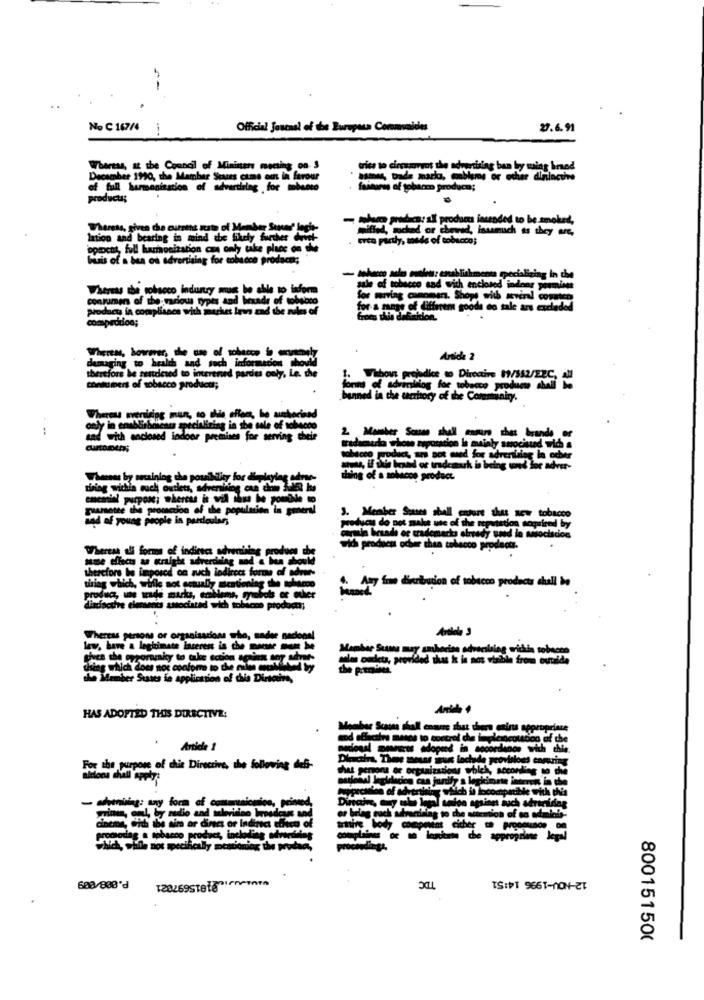
No C 167/4
--
Official Journal of the Buropera Communides
27.6.91
crise to circaramos the advertising ban bry ming hned
of fall harmonization of Sie -
December 1990, the Member Sure
WWbertas, at the Council of Mininon woer-
products;
Wherets, given the curethe susto of Member Sunne' legh
------ -- -
posad prodoms inunded to be smoked,
lation and bearing in mind the likely further don't
erca party, made of tobacco;
optocht, full harmonization can only take place on the
butis of a bus os advertising for tobacco products
- teleco ade moles: enablishments specializing in the
Whereas the tobacco industry must be able to isdorm
sale of tobacco sad with enclosed indoor pormines
consumers of the various types and hexade of
ada of tobacco
for moving canoman. Show with several count
product in compliance with market Iers and the rules of
for-a range of differem goode do tale ars excled
comprouon;
Groes this dabeition.
damaging to health and such informados the
Wheren, bowmer, the use of solace 5 mmest
Anide 2
therefore be sentdesed to interened pardes only. Le. the
Wabout prejdie to Direcine 19/552/22C, All
consumers of tobacco products;
fortu of adrinlilog for tobacco produe AMli 15
unned in the carritory of the Community.
Whereus menising mun, so che effer, he authorised
--
pecializing in the sale of tobacco
2 Marker Scasso shall ensure that brands or
sas with enclosed indoor premises for serving their
tradacarlo whom repocation la mialy suocisud wid a
tobacco product, ars pot and fog adrenlalag In ocher
mou, if Jus brand or trademark is being und for achver-
Whenas by sraining the pouihtiy for deplaylag adrar-
diing of a sobacos product.
thing within such outlets, By
ememrini purpose; whereas is will ihus be pomille to
gumsette the promcdon of the population in general
nad af young people in particular
3. Member States shell endure thus new tobacco
produces do not make use of the reputation acquired by
permin brands oc trademarks already used in aasociacion
Whereas alf forms of indirect advertising produce d
Ich product odser than tobacco product.
ame thas a Kright adverdla
therefore be imposed on auch indirces forme of adren-
siag which, while not actually mentioning the tobacco
_Any form derbaion of tobacco products call bo
dindocthe elements associated with toblicos product;
Artiela 3
Whereas persons or organisations who, under
law, have a legitimate inceres is che - - be
Member Suns may amberise odvarbing within tobacco
price the epromamky to take schon IGER MOT
thing which does not conform to the Ah t foot
the Member States in application of this Dirtains,
HAS ADOPTED THIS DIRECTIVE:
Member Scassa shall ensure that chers enins appropriate
che
Antida 1
----
Menos with chia
Andira, There mesas sus lochyde provisions enning
ous ensuring
For the purpose of this Directive, the following defi-
that persons or organization which, according
allons chiell Apply!
il bcompatible with this
fuch adr
ag to the me
al, by radio and selerisico brosders soe
Mint either
tion of so ad
cinema, and the aim or Ginc or indirect the
proctodag a tobacco product, including swwc
which, while not specifically mentioning the pro
TDC
12-NOV-1996 14:51
608/808'd
800151500